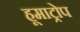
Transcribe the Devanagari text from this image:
हूमाट्रोप